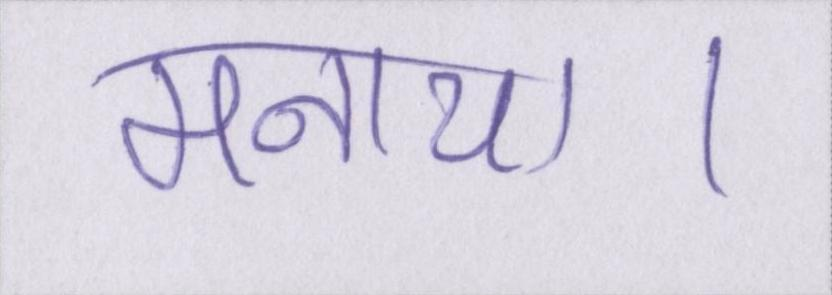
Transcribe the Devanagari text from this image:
मनाया।